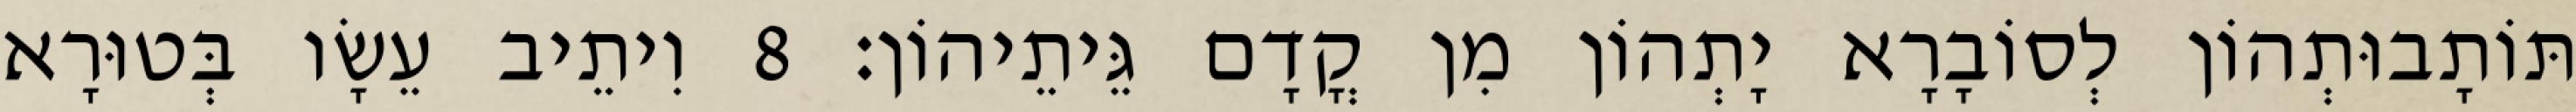
תּוֹתָבוּתְהוֹן לְסוֹבָרָא יָתְהוֹן מִן קֳדָם גֵּיתֵיהוֹן׃ 8 וִיתֵיב עֵשָׂו בְּטוּרָא